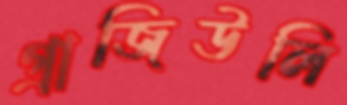
গ্রাজিউলি